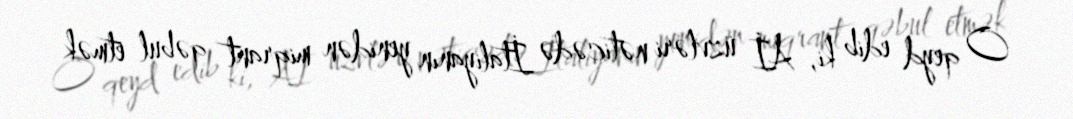
O qeyd edib ki, Aİ üzvləri nəticədə İtaliyanın yenidən miqrant qəbul etmək